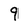
Character: 9